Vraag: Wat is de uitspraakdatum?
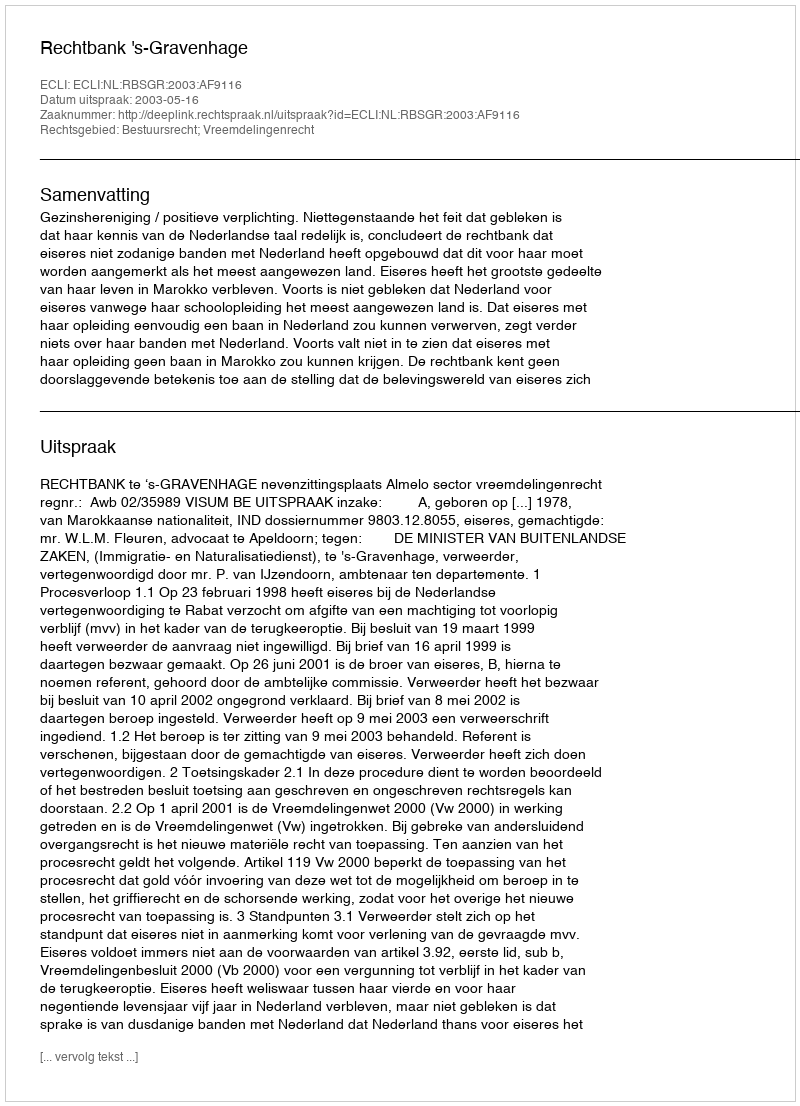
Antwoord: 2003-05-16